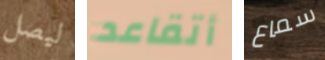
ليصل أتقاعد سماع